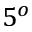
5 ^ { o }